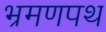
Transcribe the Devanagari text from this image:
भ्रमणपथ